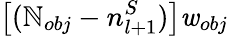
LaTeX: \left[(\mathbb{N}_{obj}-n_{l+1}^{S})\right]\mathit{w}_{obj}